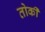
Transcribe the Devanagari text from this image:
तोर्की